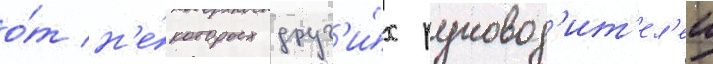
о́т н'е́которых друг'и́х руковод'ит'ел'еи